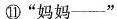
⑪“妈妈___”